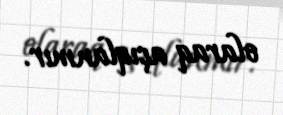
olaraq açıqlanmır.